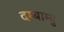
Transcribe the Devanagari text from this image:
दम्बाम्बु